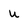
Character: u